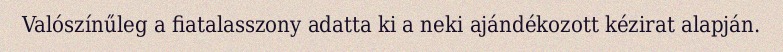
Valószínűleg a fiatalasszony adatta ki a neki ajándékozott kézirat alapján.